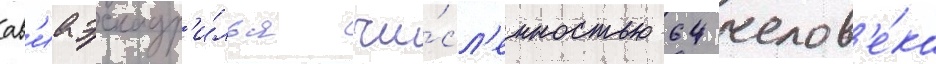
ав'иаэскадр'и́лья чи́сл'енностью 64 челов'е́ка